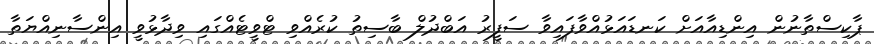
ޕާކިސްތާނުން އިންޑިއާއަށް ކަނޑައަޅުއްވާފައިވާ ސަފީރު އަބްދުލް ބާސިތު ކުރެއްވި ޓްވީޓެއްގައި ވިދާޅުވީ އިންސާނިއްޔަތާ